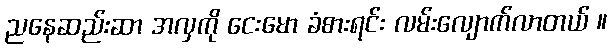
ညနေဆည်းဆာ အလှကို ငေးမော ခံစားရင်း လမ်းလျောက်လာတယ် ။